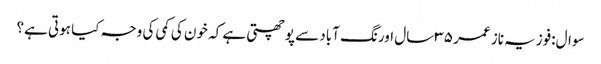
سوال:فوزیہ ناز عمر ۳۵ سال اورنگ آباد سے پوچھتی ہے کہ خون کی کمی کی وجہ کیا ہوتی ہے؟